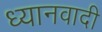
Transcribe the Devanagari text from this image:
ध्यानवादी